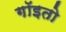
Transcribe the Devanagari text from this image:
गॉइतो